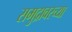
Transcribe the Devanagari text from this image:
समुद्रावरच्या